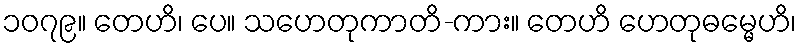
၁၀၇၉။ တေဟိ၊ ပေ။ သဟေတုကာတိ-ကား။ တေဟိ ဟေတုဓမ္မေဟိ၊